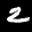
Label: 2